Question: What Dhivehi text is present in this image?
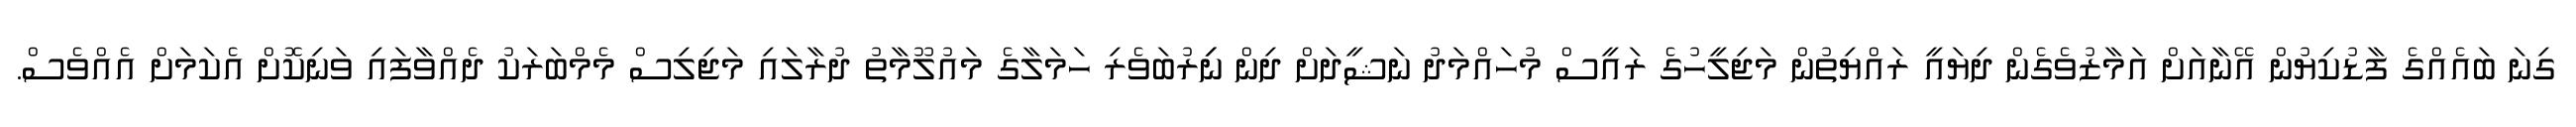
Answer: ގިނަ ބައެއްގެ ފާޑުކިޔުން އޭނާއަށް އަމާޒުވެގެން ދިޔައީ ރައްޔިތުން މަޖިލީހުގެ ރައީސް މުހައްމަދު ނަޝީދަށް ދިން ނިިރުބަވެރި ހަމަލާގެ މައުލޫމާތު ދުރާލައި މަޖިލިސް މެމްބަރަކު ދެއްވާފައި ވަނިކޮށް އެކަމަށް އެއްވެސް.